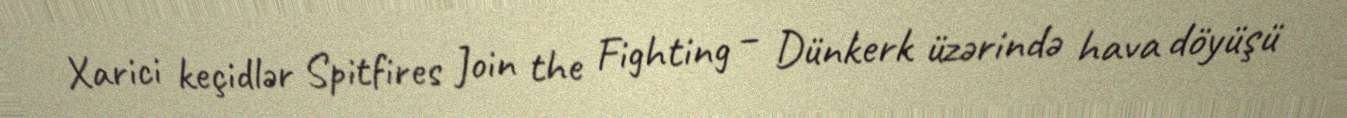
Xarici keçidlər Spitfires Join the Fighting – Dünkerk üzərində hava döyüşü